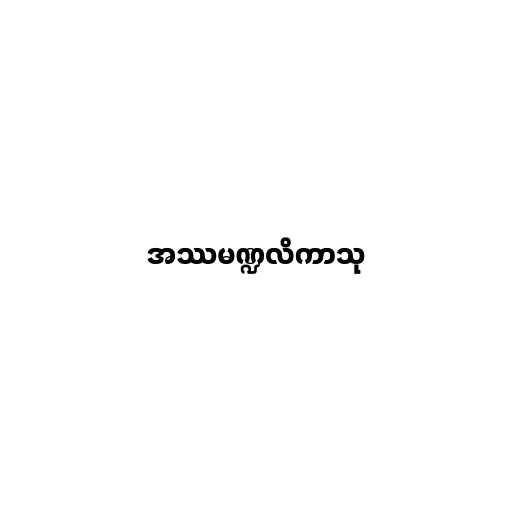
အဿမဏ္ဍလိကာသု